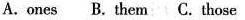
A.ones B.Them C. Those